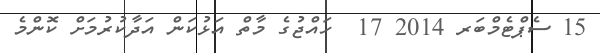
15 ސެޕްޓެމްބަރ 2014 17  ހައްޖުގެ މާތް އަޅުކަން އަދާކުރުމަށް ކޮންމެ